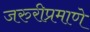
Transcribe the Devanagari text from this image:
जरुरीप्रमाणे